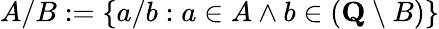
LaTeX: A/B:=\{ a/b:a\in A\land b\in({\textbf{Q}}\setminus B)\}